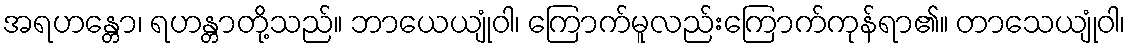
အရဟန္တော၊ ရဟန္တာတို့သည်။ ဘာယေယျုံဝါ၊ ကြောက်မူလည်းကြောက်ကုန်ရာ၏။ တာသေယျုံဝါ၊